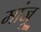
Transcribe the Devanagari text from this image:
मांजू